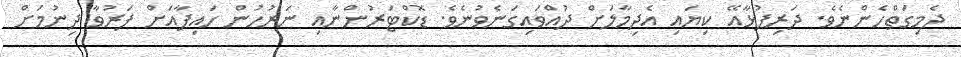
ދެމިގަތްހެންނެވެ. ދަރިފުޅާއޭ ކިޔައި އެދިމާލަށް ދުއްވައިގަނެވުނެވެ. ޑޮކްޓަރުންނާއި ނަރުހުން ހައިފާއަށް ފަރުވާ ދިނުމަށް